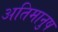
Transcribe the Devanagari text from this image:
अतिमानुष